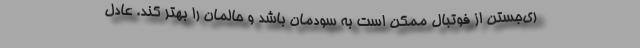
ری‌جستن از فوتبال ممکن است به سودمان باشد و حالمان را بهتر کند. عادل